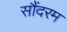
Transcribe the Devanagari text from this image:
सौंदरम